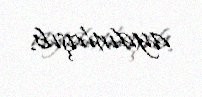
aydınlaşıb.